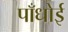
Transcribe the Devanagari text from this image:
पाँधोई